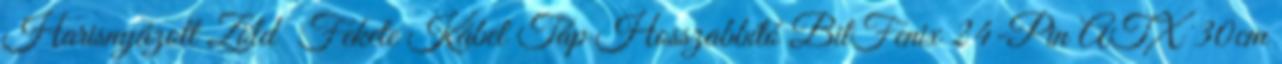
Harisnyázott Zöld Fekete Kábel Táp Hosszabbító BitFenix 24-Pin ATX 30cm